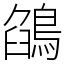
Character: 鵮